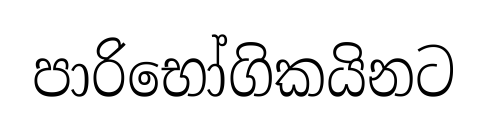
පාරිභෝගිකයිනට